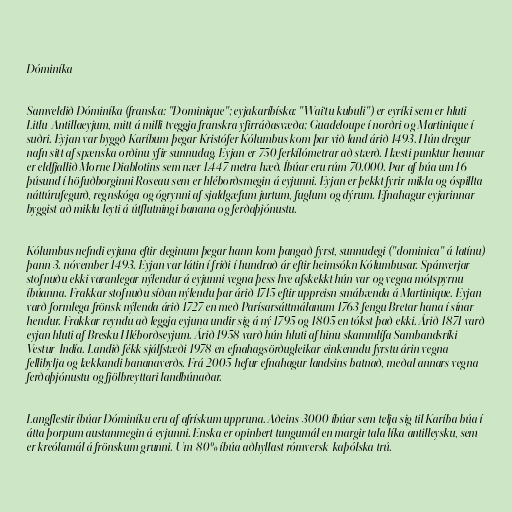
Dóminíka

Samveldið Dóminíka (franska: "Dominique"; eyjakaríbíska: "Wai‘tu kubuli") er eyríki sem er hluti
Litlu-Antillaeyjum, mitt á milli tveggja franskra yfirráðasvæða; Guadeloupe í norðri og Martinique í
suðri. Eyjan var byggð Karíbum þegar Kristófer Kólumbus kom þar við land árið 1493. Hún dregur
nafn sitt af spænska orðinu yfir sunnudag. Eyjan er 750 ferkílómetrar að stærð. Hæsti punktur hennar
er eldfjallið Morne Diablotins sem nær 1.447 metra hæð. Íbúar eru rúm 70.000. Þar af búa um 16
þúsund í höfuðborginni Roseau sem er hléborðsmegin á eyjunni. Eyjan er þekkt fyrir mikla og óspillta
náttúrufegurð, regnskóga og ógrynni af sjaldgæfum jurtum, fuglum og dýrum. Efnahagur eyjarinnar
byggist að miklu leyti á útflutningi banana og ferðaþjónustu.

Kólumbus nefndi eyjuna eftir deginum þegar hann kom þangað fyrst, sunnudegi ("dominica" á latínu)
þann 3. nóvember 1493. Eyjan var látin í friði í hundrað ár eftir heimsókn Kólumbusar. Spánverjar
stofnuðu ekki varanlegar nýlendur á eyjunni vegna þess hve afskekkt hún var og vegna mótspyrnu
íbúanna. Frakkar stofnuðu síðan nýlendu þar árið 1715 eftir uppreisn smábænda á Martinique. Eyjan
varð formlega frönsk nýlenda árið 1727 en með Parísarsáttmálanum 1763 fengu Bretar hana í sínar
hendur. Frakkar reyndu að leggja eyjuna undir sig á ný 1795 og 1805 en tókst það ekki. Árið 1871 varð
eyjan hluti af Bresku Hléborðseyjum. Árið 1958 varð hún hluti af hinu skammlífa Sambandsríki
Vestur-Indía. Landið fékk sjálfstæði 1978 en efnahagsörðugleikar einkenndu fyrstu árin vegna
fellibylja og lækkandi bananaverðs. Frá 2005 hefur efnahagur landsins batnað, meðal annars vegna
ferðaþjónustu og fjölbreyttari landbúnaðar.

Langflestir íbúar Dóminíku eru af afrískum uppruna. Aðeins 3000 íbúar sem telja sig til Karíba búa í
átta þorpum austanmegin á eyjunni. Enska er opinbert tungumál en margir tala líka antilleysku, sem
er kreólamál á frönskum grunni. Um 80% íbúa aðhyllast rómversk-kaþólska trú.